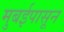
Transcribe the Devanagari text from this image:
मुबईपासून